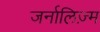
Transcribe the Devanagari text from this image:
जर्नालिज़्म